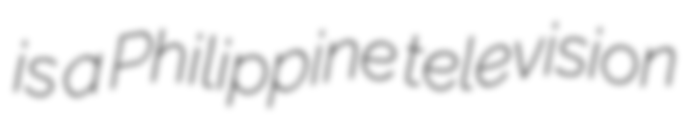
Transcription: is a Philippine television